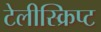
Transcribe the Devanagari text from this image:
टेलीस्क्रिप्ट